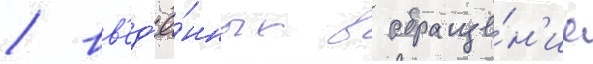
/ вв'ед'ё́нных в обраще́н'ие